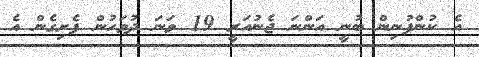
އެ ކުންފުނިން ބުނީ އަންނަ ޖެނުއަރީ 19 ވަނަ ދުވަހުން ފެށިގެން އެ